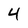
Character: 4